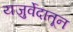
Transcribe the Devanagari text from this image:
यजुर्वेदातून